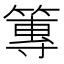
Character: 篿